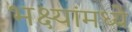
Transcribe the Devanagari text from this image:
भक्ष्यांमध्ये